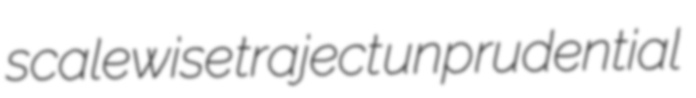
scalewise traject unprudential